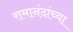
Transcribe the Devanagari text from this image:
रामानंदांच्या